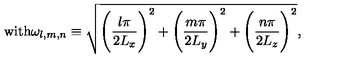
\mathrm { w i t h } \omega _ { l , m , n } \equiv \sqrt { \Biggl ( \frac { l \pi } { 2 L _ { x } } \Biggr ) ^ { 2 } + \Biggl ( \frac { m \pi } { 2 L _ { y } } \Biggr ) ^ { 2 } + \Biggl ( \frac { n \pi } { 2 L _ { z } } \Biggr ) ^ { 2 } } ,